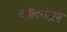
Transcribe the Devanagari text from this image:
कालमंडल